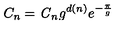
C _ { n } = \mathrm { \it C } _ { n } g ^ { d ( n ) } e ^ { - { \frac { \pi } { g } } }